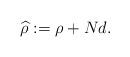
LaTeX: \begin{align*}\widehat{\rho}:=\rho+Nd.\end{align*}